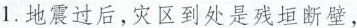
1.地震过后，灾区到处是残垣断壁，